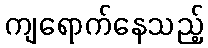
ကျရောက်နေသည့်